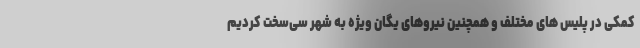
کمکی در پلیس های مختلف و همچنین نیروهای یگان ویژه به شهر سی‌سخت کردیم